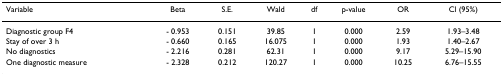
<table><thead><tr><td><b>Variable</b></td><td><b>Beta</b></td><td><b>S.E.</b></td><td><b>Wald</b></td><td><b>df</b></td><td><b>p-value</b></td><td><b>OR</b></td><td><b>Cl (95%)</b></td></tr></thead><tbody><tr><td>Diagnostic group F4</td><td>- 0.953</td><td>0.151</td><td>39.85</td><td>1</td><td>0.000</td><td>2.59</td><td>1.93–3.48</td></tr><tr><td>Stay of over 3 h</td><td>- 0.660</td><td>0.165</td><td>16.075</td><td>1</td><td>0.000</td><td>1.93</td><td>1.40–2.67</td></tr><tr><td>No diagnostics</td><td>- 2.216</td><td>0.281</td><td>62.31</td><td>1</td><td>0.000</td><td>9.17</td><td>5.29–15.90</td></tr><tr><td>One diagnostic measure</td><td>- 2.328</td><td>0.212</td><td>120.27</td><td>1</td><td>0.000</td><td>10.25</td><td>6.76–15.55</td></tr></tbody></table>